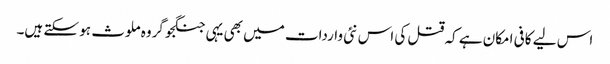
اس لیے کافی امکان ہے کہ قتل کی اس نئی واردات میں بھی یہی جنگجو گروہ ملوث ہو سکتے ہیں۔